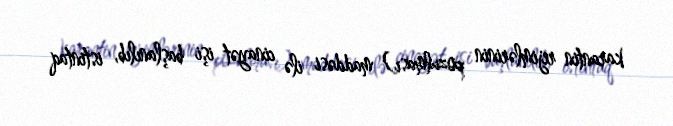
karantin rejimlərinin pozulması) maddəsi ilə cinayət işi başlanılıb, istintaq